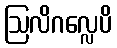
ဩလိဂလ္လေပိ